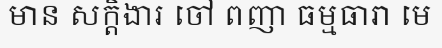
មាន សក្តិងារ ចៅ ពញា ធម្មធារា មេ